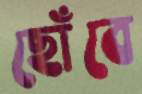
ছোঁবে